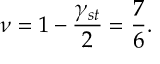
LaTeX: \nu = 1 - \frac { \gamma _ { s t } } { 2 } = \frac { 7 } { 6 } .